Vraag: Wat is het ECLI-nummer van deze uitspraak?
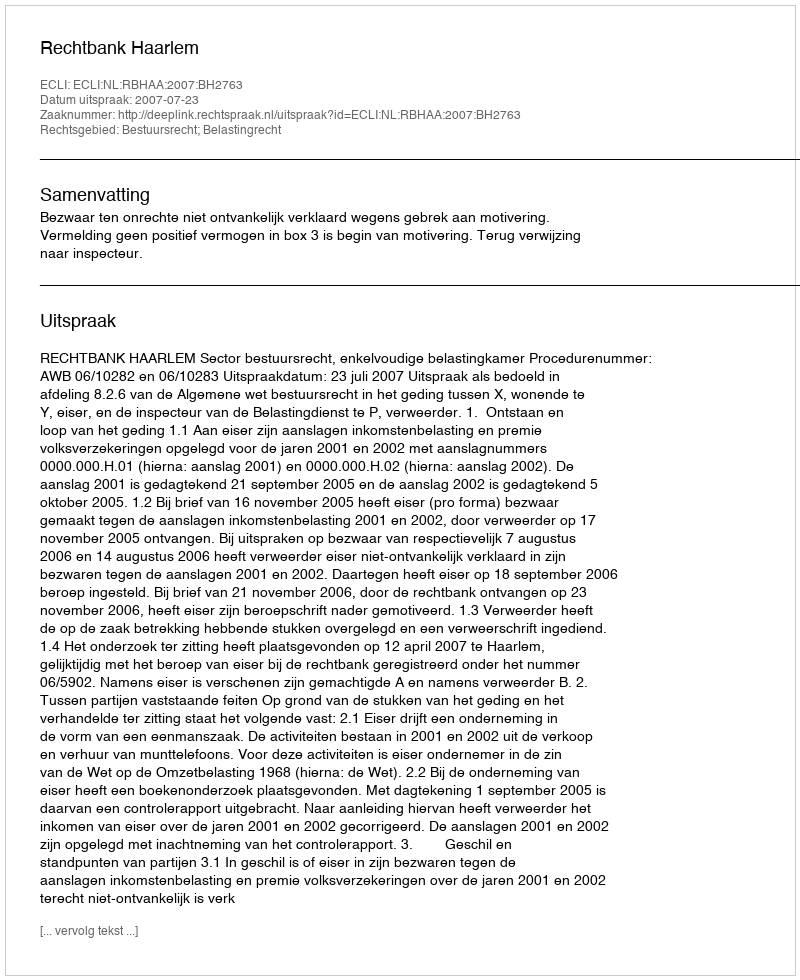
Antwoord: ECLI:NL:RBHAA:2007:BH2763